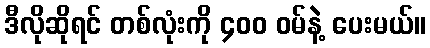
ဒီလိုဆိုရင် တစ်လုံးကို ၄၀၀ ဝမ်နဲ့ ပေးမယ်။